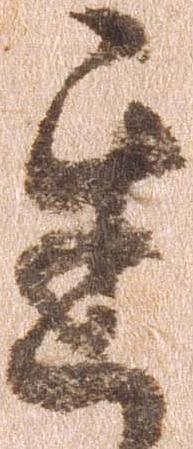
遅